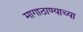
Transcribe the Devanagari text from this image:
मागाठाण्याच्या